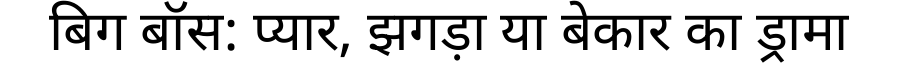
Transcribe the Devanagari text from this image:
बिग बॉस: प्यार, झगड़ा या बेकार का ड्रामा